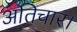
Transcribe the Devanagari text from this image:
अतिचार।